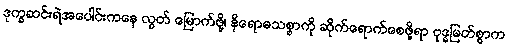
ဒုက္ခဆင်းရဲအပေါင်းကနေ လွတ် မြောက်ဖို့၊ နိရောဓသစ္စာကို ဆိုက်ရောက်စေဖို့ရာ ဗုဒ္ဓမြတ်စွာက